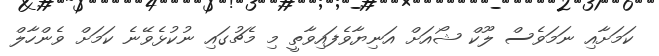
ކަމަށާއި ނަމަވެސް ލޫކް ޝޯއަށް އަނިޔާވެފައިވާތީ މި މެޗުގައި ނުކުޅެވޭނެ ކަމަށް ވެންހާލް